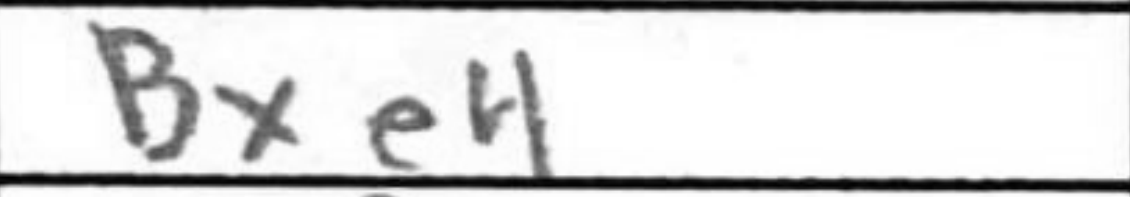
Transcription: Bxe4